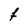
Character: F